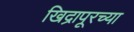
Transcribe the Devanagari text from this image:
खिद्रापूरच्या